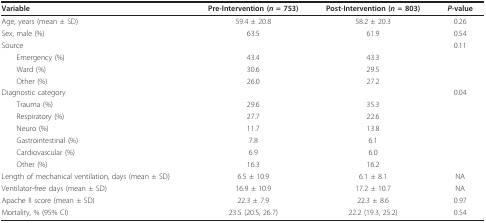
<table><thead><tr><td><b>Variable</b></td><td><b>Pre-Intervention (<i>n </i>= 753)</b></td><td><b>Post-Intervention (<i>n </i>= 803)</b></td><td><b><i>P</i>-value</b></td></tr></thead><tbody><tr><td>Age, years (mean ± SD)</td><td>59.4 ± 20.8</td><td>58.2 ± 20.3</td><td>0.26</td></tr><tr><td>Sex, male (%)</td><td>63.5</td><td>61.9</td><td>0.54</td></tr><tr><td>Source</td><td></td><td></td><td>0.11</td></tr><tr><td> Emergency (%)</td><td>43.4</td><td>43.3</td><td></td></tr><tr><td> Ward (%)</td><td>30.6</td><td>29.5</td><td></td></tr><tr><td> Other (%)</td><td>26.0</td><td>27.2</td><td></td></tr><tr><td>Diagnostic category</td><td></td><td></td><td>0.04</td></tr><tr><td> Trauma (%)</td><td>29.6</td><td>35.3</td><td></td></tr><tr><td> Respiratory (%)</td><td>27.7</td><td>22.6</td><td></td></tr><tr><td> Neuro (%)</td><td>11.7</td><td>13.8</td><td></td></tr><tr><td> Gastrointestinal (%)</td><td>7.8</td><td>6.1</td><td></td></tr><tr><td> Cardiovascular (%)</td><td>6.9</td><td>6.0</td><td></td></tr><tr><td> Other (%)</td><td>16.3</td><td>16.2</td><td></td></tr><tr><td>Length of mechanical ventilation, days (mean ± SD)</td><td>6.5 ± 10.9</td><td>6.1 ± 8.1</td><td>NA</td></tr><tr><td>Ventilator-free days (mean ± SD)</td><td>16.9 ± 10.9</td><td>17.2 ± 10.7</td><td>NA</td></tr><tr><td>Apache II score (mean ± SD)</td><td>22.3 ± 7.9</td><td>22.3 ± 8.6</td><td>0.97</td></tr><tr><td>Mortality, % (95% CI)</td><td>23.5 (20.5, 26.7)</td><td>22.2 (19.3, 25.2)</td><td>0.54</td></tr></tbody></table>